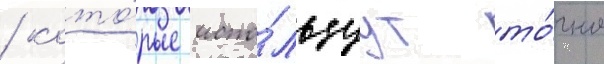
/ кото́рые испо́льзуут то́чно